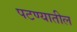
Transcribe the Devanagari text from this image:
पटण्यातील